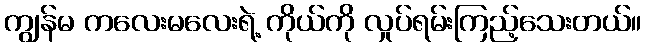
ကျွန်မ ကလေးမလေးရဲ့ ကိုယ်ကို လှုပ်ရမ်းကြည့်သေးတယ်။